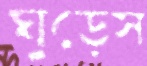
ঘুড়েস